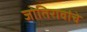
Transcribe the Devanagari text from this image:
जोतिरावांचे